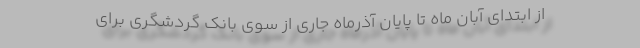
از ابتدای آبان ماه تا پایان آذرماه جاری از سوی بانک گردشگری برای